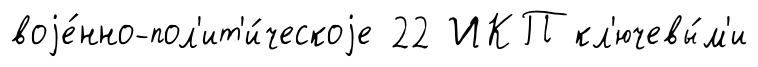
воjе́нно-пол'ит'и́ческоjе 22 ИКП кл'ючевы́м'и